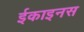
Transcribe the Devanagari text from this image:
ईकाइनस